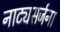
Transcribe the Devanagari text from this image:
नाट्यसर्जना